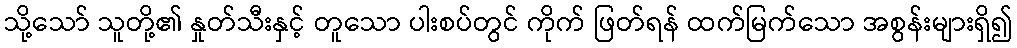
သို့သော် သူတို့၏ နှုတ်သီးနှင့် တူသော ပါးစပ်တွင် ကိုက် ဖြတ်ရန် ထက်မြက်သော အစွန်းများရှိ၍